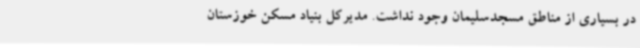
در بسیاری از مناطق مسجدسلیمان وجود نداشت. مدیرکل بنیاد مسکن خوزستان